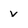
Character: v